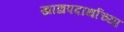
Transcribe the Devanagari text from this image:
खाद्यपदार्थाच्या